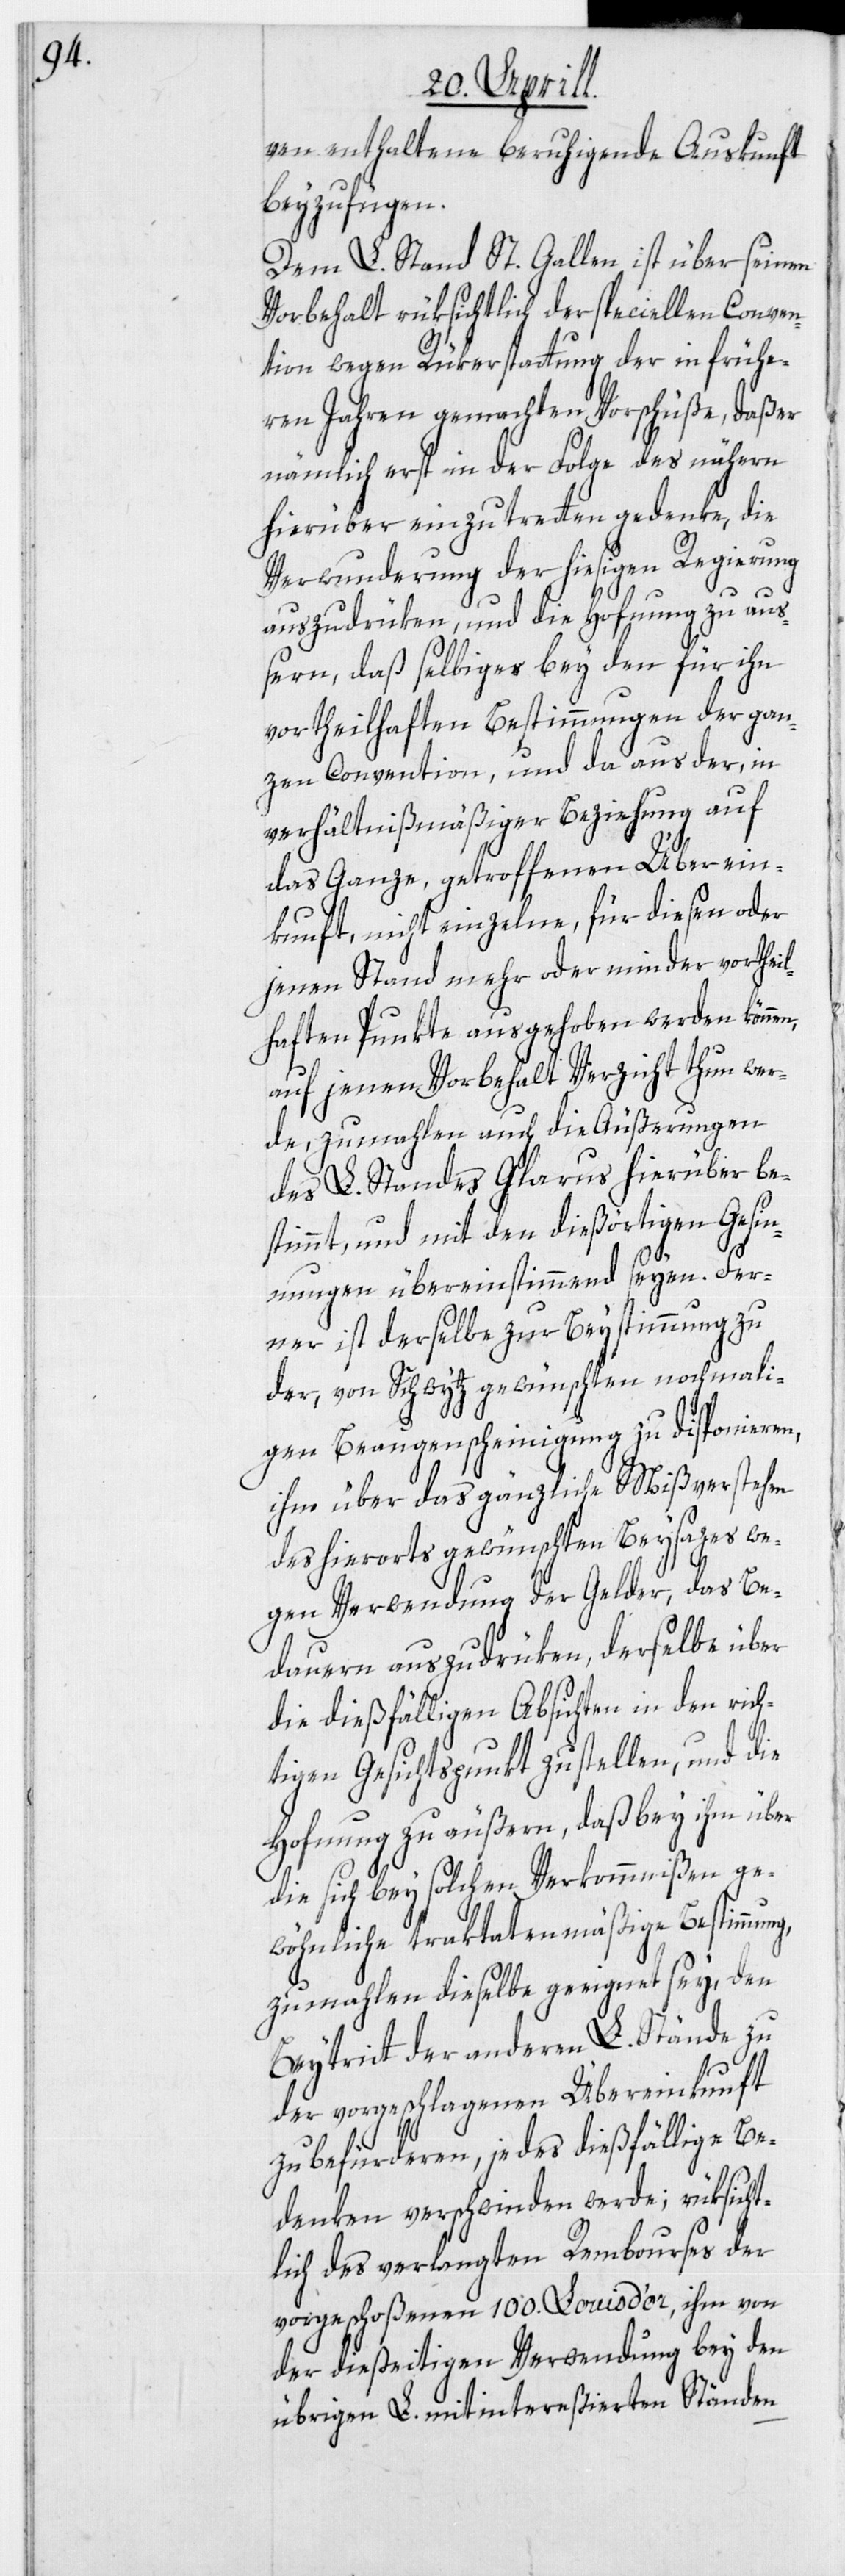
ven enthaltene beruhigende Auskunft
beyzufügen.
Dem L. Stand St. Gallen ist über seinen
Vorbehalt rüksichtlich der speciellen Conven¬
tion wegen Rükerstattung der in frühe¬
ren Jahren gemachten Vorschüße, daß er
nämlich erst in der Folge des nähern
hierüber einzutretten gedenke, die
Verwunderung der hiesigen Regierung
auszudrüken, und die Hof[f]nung zu auß¬
ern, daß selbiges bey den für ihn
vortheilhaften Bestimmungen der gan¬
zen Convention, und da aus der, in
verhältnißmäßiger Beziehung auf
das Ganze, getroffenen Überein¬
kunft, nicht einzelne, für diesen oder
jenen Stand mehr oder minder vortheil¬
haften Punkte ausgehoben werden können,
auf jenen Vorbehalt Verzicht thun wer¬
de, zumahlen auch die Äußerungen
des L. Standes Glarus hierüber be¬
stimmt, und mit den dießörtigen Gesin¬
nungen übereinstimmend seyen. Fer¬
ner ist derselbe zur Beystimmung zu
der, von Schwytz gewünschten nochmali¬
gen Beaugenscheinigung zu disponieren,
ihm über das gänzliche Mißverstehen
gen Verwendung der Gelder, das Be¬
dauern auszudrüken, derselbe über
die dießfälligen Absichten in den rich¬
tigen Gesichtspunkt zu stellen, und die
Hof[f]nung zu äußern, daß bey ihm über
die sich bey solchen Verkommnißen ge¬
wöhnliche traktatenmäßige Bestimmun¬
zumahlen dieselbe geeignet sey, den
Beytritt der anderen L. Stände zu
der vorgeschlagenen Übereinkunft
g,
zu befürderen, jedes dießfällige Be¬
denken verschwinden werde; rüksicht¬
lich des verlangten Rembourses der
vorgeschoßenen 100. Louis d’or, ihm von
der dießeitigen Verwendung bey den
übrigen L. mitintereßierten Ständen